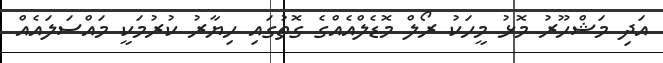
އަދި މަޝްހޫރު މޮޅު މީހަކު ރޯލް މޮޑެލްއެއްގެ ގޮތުގައި ހިޔާރު ކުރުމަކީ މައްސަލައެއް